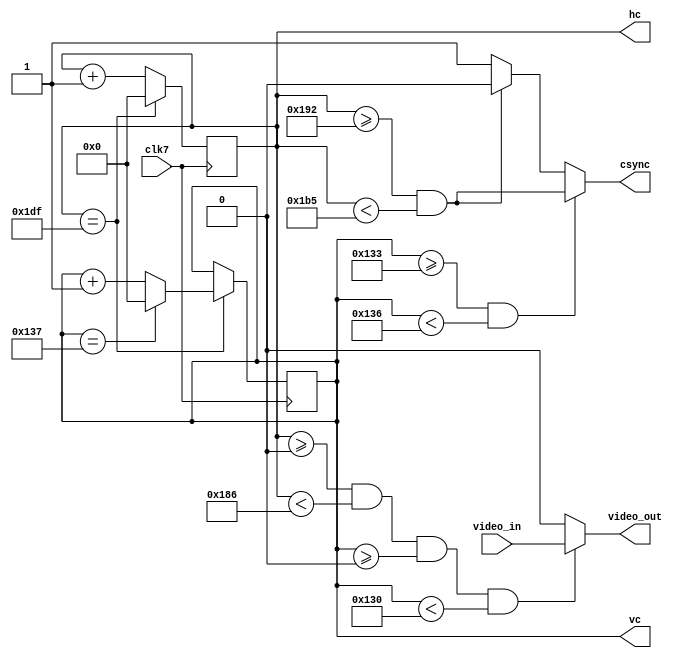
/*
 * This file is part of "TV broadcasting demo using FPGA" project.
 * Copyright (c) 2018 Miguel Angel Rodriguez Jodar.
 * 
 * This program is free software: you can redistribute it and/or modify  
 * it under the terms of the GNU General Public License as published by  
 * the Free Software Foundation, version 3.
 *
 * This program is distributed in the hope that it will be useful, but 
 * WITHOUT ANY WARRANTY; without even the implied warranty of 
 * MERCHANTABILITY or FITNESS FOR A PARTICULAR PURPOSE. See the GNU 
 * General Public License for more details.
 *
 * You should have received a copy of the GNU General Public License 
 * along with this program. If not, see <http://www.gnu.org/licenses/>.
*/


`timescale 1ns / 1ps
`default_nettype none

module pal_sync_generator (
    input wire clk7,
    input wire video_in,
    output reg [8:0] hc,
    output reg [8:0] vc,
    output reg video_out,
    output reg csync
    );
    
    // Valores para HORIZONTAL_... referidos a un dot clock de 7.5 MHz
    // Referencia: http://martin.hinner.info/vga/pal.html
    localparam
      HORIZONTAL_TOTAL  = 9'd480,
      VERTICAL_TOTAL    = 9'd312,
      HORIZONTAL_ACTIVE = 9'd390,
      HORIZONTAL_FPORCH = 9'd12,
      HORIZONTAL_SYNC   = 9'd35,
      HORIZONTAL_BPORCH = 9'd43,
      VERTICAL_ACTIVE   = 9'd304,
      VERTICAL_FPORCH   = 9'd3,
      VERTICAL_SYNC     = 9'd3,
      VERTICAL_BPORCH   = 9'd2;

    initial hc = 9'h000;
    initial vc = 9'h000;

    // Contadores para fila y columna
    always @(posedge clk7) begin
      if (hc == HORIZONTAL_TOTAL-1) begin
         hc <= 9'd0;
         if (vc == VERTICAL_TOTAL-1) begin
            vc <= 9'd0;
         end
         else begin
            vc <= vc + 9'd1;
         end
      end
      else begin
         hc <= hc + 9'd1;
      end
    end

    // Generacin de sincronismo compuesto PAL progresivo (ms o menos...)
    always @* begin
      if (hc >= 9'd0 && hc < HORIZONTAL_ACTIVE && vc >= 9'd0 && vc < VERTICAL_ACTIVE)
        video_out = video_in;
      else
        video_out = 1'b0;
        
      if (hc >= (HORIZONTAL_ACTIVE+HORIZONTAL_FPORCH) && hc < (HORIZONTAL_ACTIVE+HORIZONTAL_FPORCH+HORIZONTAL_SYNC) )
        csync = 1'b0;
      else
        csync = 1'b1;
      
      if (vc >= (VERTICAL_ACTIVE+VERTICAL_FPORCH) && vc < (VERTICAL_ACTIVE+VERTICAL_FPORCH+VERTICAL_SYNC) )
        csync = ~csync;
    end
endmodule

`default_nettype wire